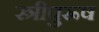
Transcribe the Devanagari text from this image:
स्त्रीपुरूष